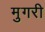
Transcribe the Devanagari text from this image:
मुगरी